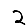
Digit: 2